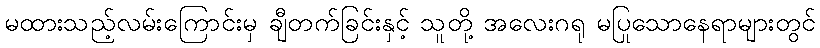
မထားသည့်လမ်းကြောင်းမှ ချီတက်ခြင်းနှင့် သူတို့ အလေးဂရု မပြုသောနေရာများတွင်